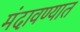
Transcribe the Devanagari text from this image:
मंदावण्यात